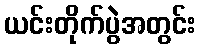
ယင်းတိုက်ပွဲအတွင်း